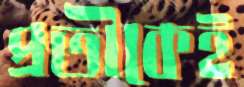
প্রতীকেই